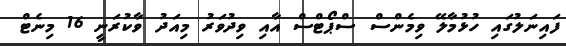
ފައިނަލުގައި ހުޅުމާލޭ ވިމެންސް ސްޕޯޓްސް އާއި ވިދުވަރު މިއަދު ވާކުރަނީ 16 މިނެޓް